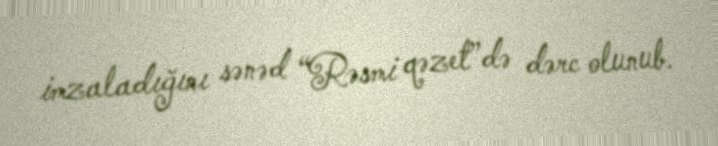
imzaladığını sənəd “Rəsmi qəzet”də dərc olunub.